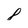
Character: 8